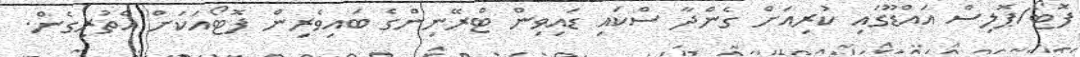
ފޮޓޯ/ޕޮލިސް އައްޑޫގައި ކުރިއަށް ގެންދާ ސްކައި ޑައިވިން ޓްރޭނިންގެ ބައިވެރިން ފޮޓޯއަކަށް އެތުރިގެން.